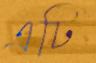
এটি